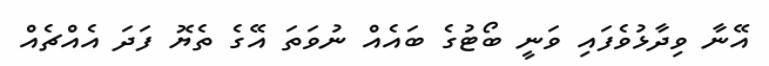
އޭނާ ވިދާޅުވެފައި ވަނީ ބޯޓުގެ ބައެއް ނުވަތަ އޭގެ ތެޔޮ ފަދަ އެއްޗެއް